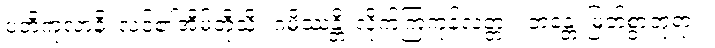
ပတိကုလာနိ၊ လင်၏အိမ်တို့သို့။ ဂမိဿန္တိ၊ လိုက်ကြကုန်လတ္တံ့။ ဘန္တေ၊ မြတ်စွာဘုရား။